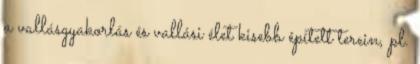
a vallásgyakorlás és vallási élet kisebb épített terein, pl.